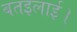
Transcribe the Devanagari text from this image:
बतइलाई।